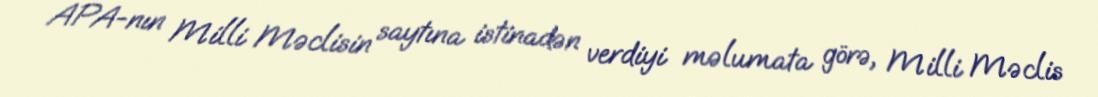
APA-nın Milli Məclisin saytına istinadən verdiyi məlumata görə, Milli Məclis